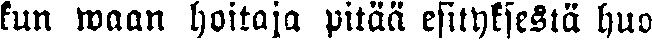
kun waan hoitaja pitää esityksestä huo